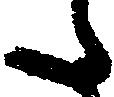
た